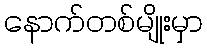
နောက်တစ်မျိုးမှာ